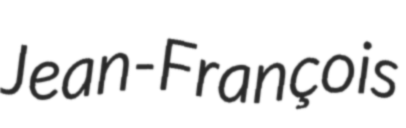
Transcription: Jean-François